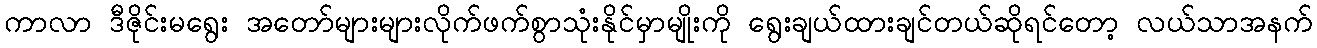
ကာလာ ဒီဇိုင်းမရွေး အတော်များများလိုက်ဖက်စွာသုံးနိုင်မှာမျိုးကို ရွေးချယ်ထားချင်တယ်ဆိုရင်တော့ လယ်သာအနက်